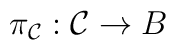
\pi_{{\cal{C}}}: {\cal{C}} \rightarrow B